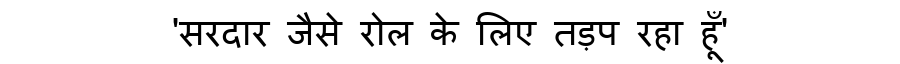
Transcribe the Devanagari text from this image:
'सरदार जैसे रोल के लिए तड़प रहा हूँ'